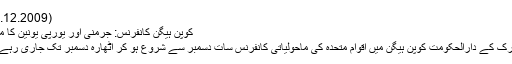
(07.12.2009)
کوپن ہیگن کانفرنس: جرمنی اور یورپی یونین کا موقف
ڈنمارک کے دارالحکومت کوپن ہیگن میں اقوام متحدہ کی ماحولیاتی کانفرنس سات دسمبر سے شروع ہو کر اٹھارہ دسمبر تک جاری رہے گی۔